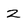
Character: 2